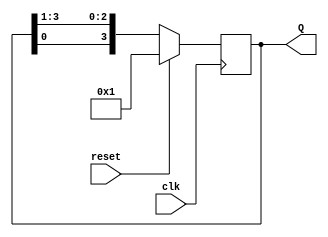
module sync_ring_counter #(parameter N=4)
    (input clk, reset,
    output reg [N-1:0] Q );

always @(posedge clk) 
    begin
    
    if (reset) 
        Q <= 1;
     
    else 
        Q <= {Q[0], Q[N-1:1]};
    
    end
endmodule